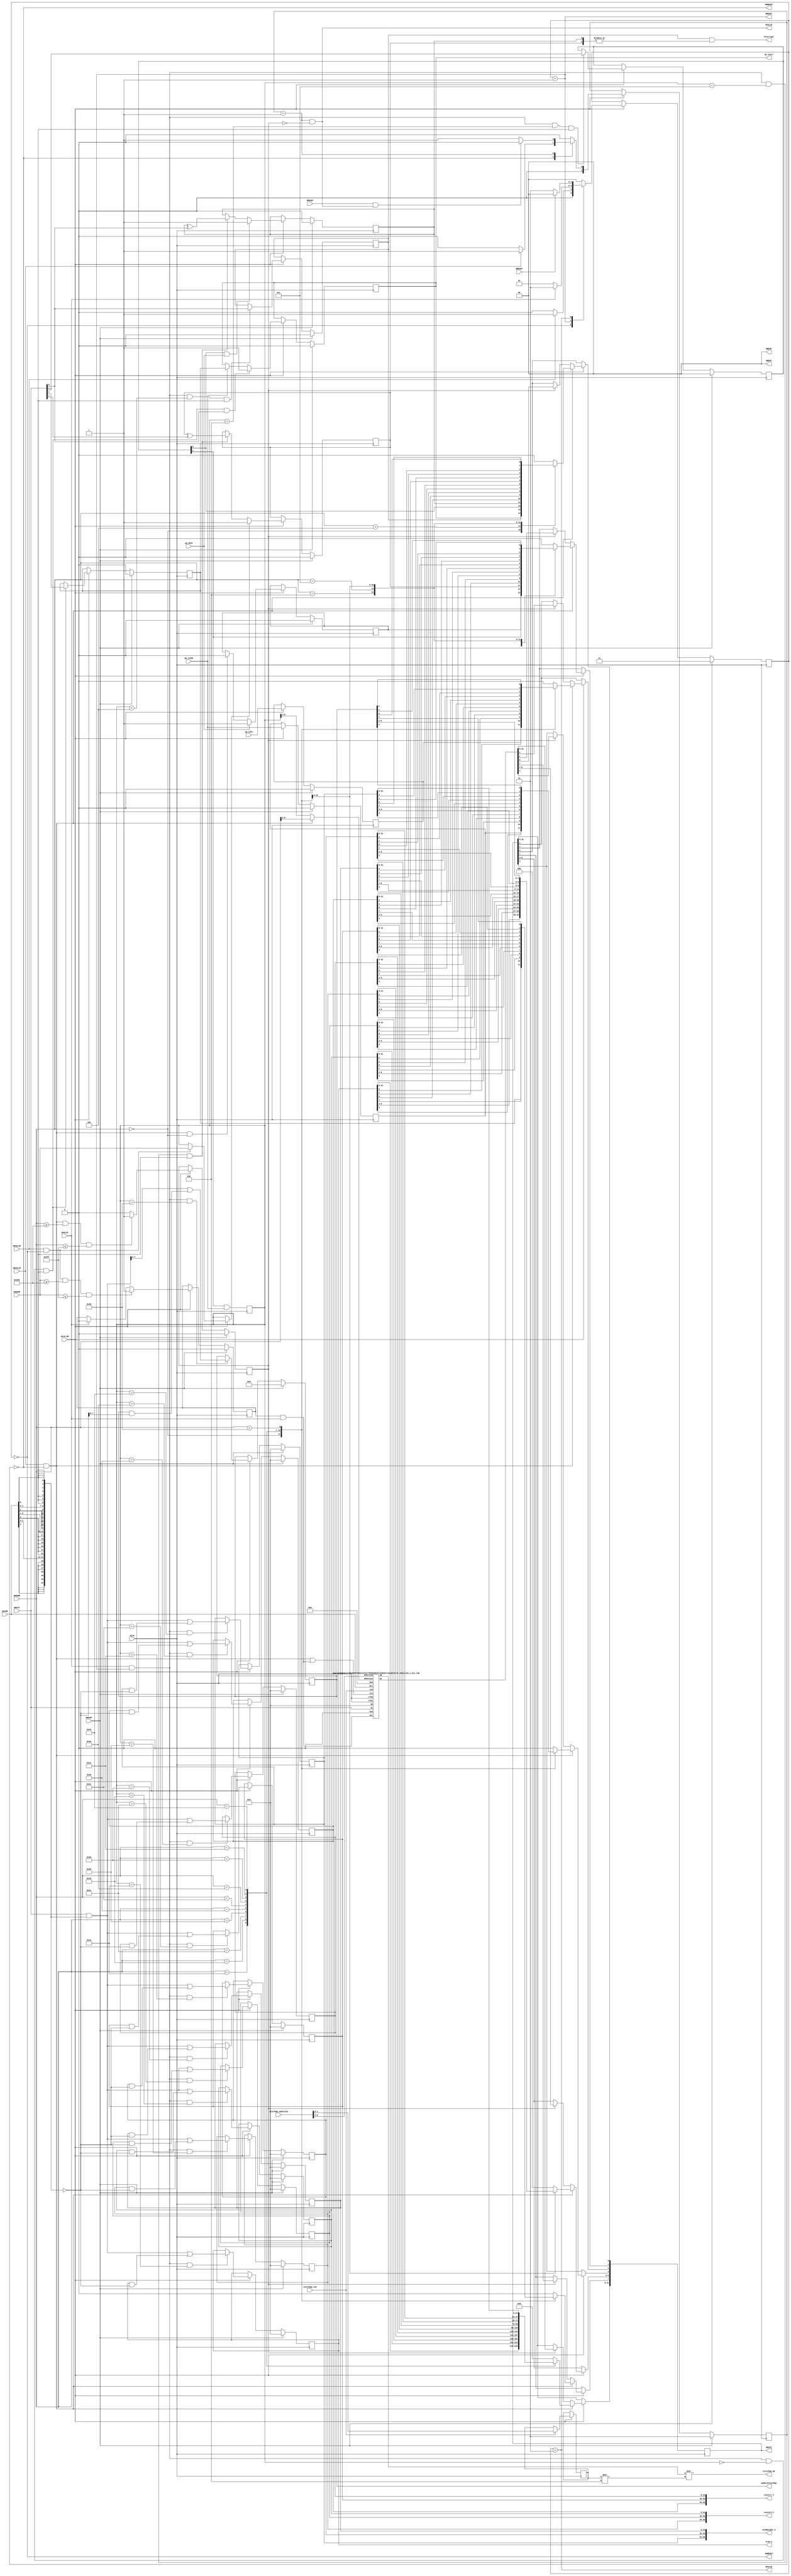
// ==============================================================
// File generated by Vivado(TM) HLS - High-Level Synthesis from C, C++ and SystemC
// Version: 2017.4
// Copyright (C) 1986-2017 Xilinx, Inc. All Rights Reserved.
// 
// ==============================================================

`timescale 1ns/1ps
module mandelbrot_AXILiteS_s_axi
#(parameter
    C_S_AXI_ADDR_WIDTH = 10,
    C_S_AXI_DATA_WIDTH = 32
)(
    // axi4 lite slave signals
    input  wire                          ACLK,
    input  wire                          ARESET,
    input  wire                          ACLK_EN,
    input  wire [C_S_AXI_ADDR_WIDTH-1:0] AWADDR,
    input  wire                          AWVALID,
    output wire                          AWREADY,
    input  wire [C_S_AXI_DATA_WIDTH-1:0] WDATA,
    input  wire [C_S_AXI_DATA_WIDTH/8-1:0] WSTRB,
    input  wire                          WVALID,
    output wire                          WREADY,
    output wire [1:0]                    BRESP,
    output wire                          BVALID,
    input  wire                          BREADY,
    input  wire [C_S_AXI_ADDR_WIDTH-1:0] ARADDR,
    input  wire                          ARVALID,
    output wire                          ARREADY,
    output wire [C_S_AXI_DATA_WIDTH-1:0] RDATA,
    output wire [1:0]                    RRESP,
    output wire                          RVALID,
    input  wire                          RREADY,
    output wire                          interrupt,
    // user signals
    output wire                          ap_start,
    input  wire                          ap_done,
    input  wire                          ap_ready,
    input  wire                          ap_idle,
    output wire [31:0]                   vram_V,
    output wire [95:0]                   centerX_V,
    output wire [95:0]                   centerY_V,
    output wire [95:0]                   zoomHeight_V,
    output wire [7:0]                    updateColorMap,
    input  wire [8:0]                    colorMap_address0,
    input  wire                          colorMap_ce0,
    output wire [7:0]                    colorMap_q0
);
//------------------------Address Info-------------------
// 0x000 : Control signals
//         bit 0  - ap_start (Read/Write/COH)
//         bit 1  - ap_done (Read/COR)
//         bit 2  - ap_idle (Read)
//         bit 3  - ap_ready (Read)
//         bit 7  - auto_restart (Read/Write)
//         others - reserved
// 0x004 : Global Interrupt Enable Register
//         bit 0  - Global Interrupt Enable (Read/Write)
//         others - reserved
// 0x008 : IP Interrupt Enable Register (Read/Write)
//         bit 0  - Channel 0 (ap_done)
//         bit 1  - Channel 1 (ap_ready)
//         others - reserved
// 0x00c : IP Interrupt Status Register (Read/TOW)
//         bit 0  - Channel 0 (ap_done)
//         bit 1  - Channel 1 (ap_ready)
//         others - reserved
// 0x010 : Data signal of vram_V
//         bit 31~0 - vram_V[31:0] (Read/Write)
// 0x014 : reserved
// 0x018 : Data signal of centerX_V
//         bit 31~0 - centerX_V[31:0] (Read/Write)
// 0x01c : Data signal of centerX_V
//         bit 31~0 - centerX_V[63:32] (Read/Write)
// 0x020 : Data signal of centerX_V
//         bit 31~0 - centerX_V[95:64] (Read/Write)
// 0x024 : reserved
// 0x028 : Data signal of centerY_V
//         bit 31~0 - centerY_V[31:0] (Read/Write)
// 0x02c : Data signal of centerY_V
//         bit 31~0 - centerY_V[63:32] (Read/Write)
// 0x030 : Data signal of centerY_V
//         bit 31~0 - centerY_V[95:64] (Read/Write)
// 0x034 : reserved
// 0x038 : Data signal of zoomHeight_V
//         bit 31~0 - zoomHeight_V[31:0] (Read/Write)
// 0x03c : Data signal of zoomHeight_V
//         bit 31~0 - zoomHeight_V[63:32] (Read/Write)
// 0x040 : Data signal of zoomHeight_V
//         bit 31~0 - zoomHeight_V[95:64] (Read/Write)
// 0x044 : reserved
// 0x048 : Data signal of updateColorMap
//         bit 7~0 - updateColorMap[7:0] (Read/Write)
//         others  - reserved
// 0x04c : reserved
// 0x200 ~
// 0x3ff : Memory 'colorMap' (384 * 8b)
//         Word n : bit [ 7: 0] - colorMap[4n]
//                  bit [15: 8] - colorMap[4n+1]
//                  bit [23:16] - colorMap[4n+2]
//                  bit [31:24] - colorMap[4n+3]
// (SC = Self Clear, COR = Clear on Read, TOW = Toggle on Write, COH = Clear on Handshake)

//------------------------Parameter----------------------
localparam
    ADDR_AP_CTRL               = 10'h000,
    ADDR_GIE                   = 10'h004,
    ADDR_IER                   = 10'h008,
    ADDR_ISR                   = 10'h00c,
    ADDR_VRAM_V_DATA_0         = 10'h010,
    ADDR_VRAM_V_CTRL           = 10'h014,
    ADDR_CENTERX_V_DATA_0      = 10'h018,
    ADDR_CENTERX_V_DATA_1      = 10'h01c,
    ADDR_CENTERX_V_DATA_2      = 10'h020,
    ADDR_CENTERX_V_CTRL        = 10'h024,
    ADDR_CENTERY_V_DATA_0      = 10'h028,
    ADDR_CENTERY_V_DATA_1      = 10'h02c,
    ADDR_CENTERY_V_DATA_2      = 10'h030,
    ADDR_CENTERY_V_CTRL        = 10'h034,
    ADDR_ZOOMHEIGHT_V_DATA_0   = 10'h038,
    ADDR_ZOOMHEIGHT_V_DATA_1   = 10'h03c,
    ADDR_ZOOMHEIGHT_V_DATA_2   = 10'h040,
    ADDR_ZOOMHEIGHT_V_CTRL     = 10'h044,
    ADDR_UPDATECOLORMAP_DATA_0 = 10'h048,
    ADDR_UPDATECOLORMAP_CTRL   = 10'h04c,
    ADDR_COLORMAP_BASE         = 10'h200,
    ADDR_COLORMAP_HIGH         = 10'h3ff,
    WRIDLE                     = 2'd0,
    WRDATA                     = 2'd1,
    WRRESP                     = 2'd2,
    WRRESET                    = 2'd3,
    RDIDLE                     = 2'd0,
    RDDATA                     = 2'd1,
    RDRESET                    = 2'd2,
    ADDR_BITS         = 10;

//------------------------Local signal-------------------
    reg  [1:0]                    wstate = WRRESET;
    reg  [1:0]                    wnext;
    reg  [ADDR_BITS-1:0]          waddr;
    wire [31:0]                   wmask;
    wire                          aw_hs;
    wire                          w_hs;
    reg  [1:0]                    rstate = RDRESET;
    reg  [1:0]                    rnext;
    reg  [31:0]                   rdata;
    wire                          ar_hs;
    wire [ADDR_BITS-1:0]          raddr;
    // internal registers
    reg                           int_ap_idle;
    reg                           int_ap_ready;
    reg                           int_ap_done = 1'b0;
    reg                           int_ap_start = 1'b0;
    reg                           int_auto_restart = 1'b0;
    reg                           int_gie = 1'b0;
    reg  [1:0]                    int_ier = 2'b0;
    reg  [1:0]                    int_isr = 2'b0;
    reg  [31:0]                   int_vram_V = 'b0;
    reg  [95:0]                   int_centerX_V = 'b0;
    reg  [95:0]                   int_centerY_V = 'b0;
    reg  [95:0]                   int_zoomHeight_V = 'b0;
    reg  [7:0]                    int_updateColorMap = 'b0;
    // memory signals
    wire [6:0]                    int_colorMap_address0;
    wire                          int_colorMap_ce0;
    wire                          int_colorMap_we0;
    wire [3:0]                    int_colorMap_be0;
    wire [31:0]                   int_colorMap_d0;
    wire [31:0]                   int_colorMap_q0;
    wire [6:0]                    int_colorMap_address1;
    wire                          int_colorMap_ce1;
    wire                          int_colorMap_we1;
    wire [3:0]                    int_colorMap_be1;
    wire [31:0]                   int_colorMap_d1;
    wire [31:0]                   int_colorMap_q1;
    reg                           int_colorMap_read;
    reg                           int_colorMap_write;
    reg  [1:0]                    int_colorMap_shift;

//------------------------Instantiation------------------
// int_colorMap
mandelbrot_AXILiteS_s_axi_ram #(
    .BYTES    ( 4 ),
    .DEPTH    ( 96 )
) int_colorMap (
    .clk0     ( ACLK ),
    .address0 ( int_colorMap_address0 ),
    .ce0      ( int_colorMap_ce0 ),
    .we0      ( int_colorMap_we0 ),
    .be0      ( int_colorMap_be0 ),
    .d0       ( int_colorMap_d0 ),
    .q0       ( int_colorMap_q0 ),
    .clk1     ( ACLK ),
    .address1 ( int_colorMap_address1 ),
    .ce1      ( int_colorMap_ce1 ),
    .we1      ( int_colorMap_we1 ),
    .be1      ( int_colorMap_be1 ),
    .d1       ( int_colorMap_d1 ),
    .q1       ( int_colorMap_q1 )
);

//------------------------AXI write fsm------------------
assign AWREADY = (wstate == WRIDLE);
assign WREADY  = (wstate == WRDATA);
assign BRESP   = 2'b00;  // OKAY
assign BVALID  = (wstate == WRRESP);
assign wmask   = { {8{WSTRB[3]}}, {8{WSTRB[2]}}, {8{WSTRB[1]}}, {8{WSTRB[0]}} };
assign aw_hs   = AWVALID & AWREADY;
assign w_hs    = WVALID & WREADY;

// wstate
always @(posedge ACLK) begin
    if (ARESET)
        wstate <= WRRESET;
    else if (ACLK_EN)
        wstate <= wnext;
end

// wnext
always @(*) begin
    case (wstate)
        WRIDLE:
            if (AWVALID)
                wnext = WRDATA;
            else
                wnext = WRIDLE;
        WRDATA:
            if (WVALID)
                wnext = WRRESP;
            else
                wnext = WRDATA;
        WRRESP:
            if (BREADY)
                wnext = WRIDLE;
            else
                wnext = WRRESP;
        default:
            wnext = WRIDLE;
    endcase
end

// waddr
always @(posedge ACLK) begin
    if (ACLK_EN) begin
        if (aw_hs)
            waddr <= AWADDR[ADDR_BITS-1:0];
    end
end

//------------------------AXI read fsm-------------------
assign ARREADY = (rstate == RDIDLE);
assign RDATA   = rdata;
assign RRESP   = 2'b00;  // OKAY
assign RVALID  = (rstate == RDDATA) & !int_colorMap_read;
assign ar_hs   = ARVALID & ARREADY;
assign raddr   = ARADDR[ADDR_BITS-1:0];

// rstate
always @(posedge ACLK) begin
    if (ARESET)
        rstate <= RDRESET;
    else if (ACLK_EN)
        rstate <= rnext;
end

// rnext
always @(*) begin
    case (rstate)
        RDIDLE:
            if (ARVALID)
                rnext = RDDATA;
            else
                rnext = RDIDLE;
        RDDATA:
            if (RREADY & RVALID)
                rnext = RDIDLE;
            else
                rnext = RDDATA;
        default:
            rnext = RDIDLE;
    endcase
end

// rdata
always @(posedge ACLK) begin
    if (ACLK_EN) begin
        if (ar_hs) begin
            rdata <= 1'b0;
            case (raddr)
                ADDR_AP_CTRL: begin
                    rdata[0] <= int_ap_start;
                    rdata[1] <= int_ap_done;
                    rdata[2] <= int_ap_idle;
                    rdata[3] <= int_ap_ready;
                    rdata[7] <= int_auto_restart;
                end
                ADDR_GIE: begin
                    rdata <= int_gie;
                end
                ADDR_IER: begin
                    rdata <= int_ier;
                end
                ADDR_ISR: begin
                    rdata <= int_isr;
                end
                ADDR_VRAM_V_DATA_0: begin
                    rdata <= int_vram_V[31:0];
                end
                ADDR_CENTERX_V_DATA_0: begin
                    rdata <= int_centerX_V[31:0];
                end
                ADDR_CENTERX_V_DATA_1: begin
                    rdata <= int_centerX_V[63:32];
                end
                ADDR_CENTERX_V_DATA_2: begin
                    rdata <= int_centerX_V[95:64];
                end
                ADDR_CENTERY_V_DATA_0: begin
                    rdata <= int_centerY_V[31:0];
                end
                ADDR_CENTERY_V_DATA_1: begin
                    rdata <= int_centerY_V[63:32];
                end
                ADDR_CENTERY_V_DATA_2: begin
                    rdata <= int_centerY_V[95:64];
                end
                ADDR_ZOOMHEIGHT_V_DATA_0: begin
                    rdata <= int_zoomHeight_V[31:0];
                end
                ADDR_ZOOMHEIGHT_V_DATA_1: begin
                    rdata <= int_zoomHeight_V[63:32];
                end
                ADDR_ZOOMHEIGHT_V_DATA_2: begin
                    rdata <= int_zoomHeight_V[95:64];
                end
                ADDR_UPDATECOLORMAP_DATA_0: begin
                    rdata <= int_updateColorMap[7:0];
                end
            endcase
        end
        else if (int_colorMap_read) begin
            rdata <= int_colorMap_q1;
        end
    end
end


//------------------------Register logic-----------------
assign interrupt      = int_gie & (|int_isr);
assign ap_start       = int_ap_start;
assign vram_V         = int_vram_V;
assign centerX_V      = int_centerX_V;
assign centerY_V      = int_centerY_V;
assign zoomHeight_V   = int_zoomHeight_V;
assign updateColorMap = int_updateColorMap;
// int_ap_start
always @(posedge ACLK) begin
    if (ARESET)
        int_ap_start <= 1'b0;
    else if (ACLK_EN) begin
        if (w_hs && waddr == ADDR_AP_CTRL && WSTRB[0] && WDATA[0])
            int_ap_start <= 1'b1;
        else if (ap_ready)
            int_ap_start <= int_auto_restart; // clear on handshake/auto restart
    end
end

// int_ap_done
always @(posedge ACLK) begin
    if (ARESET)
        int_ap_done <= 1'b0;
    else if (ACLK_EN) begin
        if (ap_done)
            int_ap_done <= 1'b1;
        else if (ar_hs && raddr == ADDR_AP_CTRL)
            int_ap_done <= 1'b0; // clear on read
    end
end

// int_ap_idle
always @(posedge ACLK) begin
    if (ARESET)
        int_ap_idle <= 1'b0;
    else if (ACLK_EN) begin
            int_ap_idle <= ap_idle;
    end
end

// int_ap_ready
always @(posedge ACLK) begin
    if (ARESET)
        int_ap_ready <= 1'b0;
    else if (ACLK_EN) begin
            int_ap_ready <= ap_ready;
    end
end

// int_auto_restart
always @(posedge ACLK) begin
    if (ARESET)
        int_auto_restart <= 1'b0;
    else if (ACLK_EN) begin
        if (w_hs && waddr == ADDR_AP_CTRL && WSTRB[0])
            int_auto_restart <=  WDATA[7];
    end
end

// int_gie
always @(posedge ACLK) begin
    if (ARESET)
        int_gie <= 1'b0;
    else if (ACLK_EN) begin
        if (w_hs && waddr == ADDR_GIE && WSTRB[0])
            int_gie <= WDATA[0];
    end
end

// int_ier
always @(posedge ACLK) begin
    if (ARESET)
        int_ier <= 1'b0;
    else if (ACLK_EN) begin
        if (w_hs && waddr == ADDR_IER && WSTRB[0])
            int_ier <= WDATA[1:0];
    end
end

// int_isr[0]
always @(posedge ACLK) begin
    if (ARESET)
        int_isr[0] <= 1'b0;
    else if (ACLK_EN) begin
        if (int_ier[0] & ap_done)
            int_isr[0] <= 1'b1;
        else if (w_hs && waddr == ADDR_ISR && WSTRB[0])
            int_isr[0] <= int_isr[0] ^ WDATA[0]; // toggle on write
    end
end

// int_isr[1]
always @(posedge ACLK) begin
    if (ARESET)
        int_isr[1] <= 1'b0;
    else if (ACLK_EN) begin
        if (int_ier[1] & ap_ready)
            int_isr[1] <= 1'b1;
        else if (w_hs && waddr == ADDR_ISR && WSTRB[0])
            int_isr[1] <= int_isr[1] ^ WDATA[1]; // toggle on write
    end
end

// int_vram_V[31:0]
always @(posedge ACLK) begin
    if (ARESET)
        int_vram_V[31:0] <= 0;
    else if (ACLK_EN) begin
        if (w_hs && waddr == ADDR_VRAM_V_DATA_0)
            int_vram_V[31:0] <= (WDATA[31:0] & wmask) | (int_vram_V[31:0] & ~wmask);
    end
end

// int_centerX_V[31:0]
always @(posedge ACLK) begin
    if (ARESET)
        int_centerX_V[31:0] <= 0;
    else if (ACLK_EN) begin
        if (w_hs && waddr == ADDR_CENTERX_V_DATA_0)
            int_centerX_V[31:0] <= (WDATA[31:0] & wmask) | (int_centerX_V[31:0] & ~wmask);
    end
end

// int_centerX_V[63:32]
always @(posedge ACLK) begin
    if (ARESET)
        int_centerX_V[63:32] <= 0;
    else if (ACLK_EN) begin
        if (w_hs && waddr == ADDR_CENTERX_V_DATA_1)
            int_centerX_V[63:32] <= (WDATA[31:0] & wmask) | (int_centerX_V[63:32] & ~wmask);
    end
end

// int_centerX_V[95:64]
always @(posedge ACLK) begin
    if (ARESET)
        int_centerX_V[95:64] <= 0;
    else if (ACLK_EN) begin
        if (w_hs && waddr == ADDR_CENTERX_V_DATA_2)
            int_centerX_V[95:64] <= (WDATA[31:0] & wmask) | (int_centerX_V[95:64] & ~wmask);
    end
end

// int_centerY_V[31:0]
always @(posedge ACLK) begin
    if (ARESET)
        int_centerY_V[31:0] <= 0;
    else if (ACLK_EN) begin
        if (w_hs && waddr == ADDR_CENTERY_V_DATA_0)
            int_centerY_V[31:0] <= (WDATA[31:0] & wmask) | (int_centerY_V[31:0] & ~wmask);
    end
end

// int_centerY_V[63:32]
always @(posedge ACLK) begin
    if (ARESET)
        int_centerY_V[63:32] <= 0;
    else if (ACLK_EN) begin
        if (w_hs && waddr == ADDR_CENTERY_V_DATA_1)
            int_centerY_V[63:32] <= (WDATA[31:0] & wmask) | (int_centerY_V[63:32] & ~wmask);
    end
end

// int_centerY_V[95:64]
always @(posedge ACLK) begin
    if (ARESET)
        int_centerY_V[95:64] <= 0;
    else if (ACLK_EN) begin
        if (w_hs && waddr == ADDR_CENTERY_V_DATA_2)
            int_centerY_V[95:64] <= (WDATA[31:0] & wmask) | (int_centerY_V[95:64] & ~wmask);
    end
end

// int_zoomHeight_V[31:0]
always @(posedge ACLK) begin
    if (ARESET)
        int_zoomHeight_V[31:0] <= 0;
    else if (ACLK_EN) begin
        if (w_hs && waddr == ADDR_ZOOMHEIGHT_V_DATA_0)
            int_zoomHeight_V[31:0] <= (WDATA[31:0] & wmask) | (int_zoomHeight_V[31:0] & ~wmask);
    end
end

// int_zoomHeight_V[63:32]
always @(posedge ACLK) begin
    if (ARESET)
        int_zoomHeight_V[63:32] <= 0;
    else if (ACLK_EN) begin
        if (w_hs && waddr == ADDR_ZOOMHEIGHT_V_DATA_1)
            int_zoomHeight_V[63:32] <= (WDATA[31:0] & wmask) | (int_zoomHeight_V[63:32] & ~wmask);
    end
end

// int_zoomHeight_V[95:64]
always @(posedge ACLK) begin
    if (ARESET)
        int_zoomHeight_V[95:64] <= 0;
    else if (ACLK_EN) begin
        if (w_hs && waddr == ADDR_ZOOMHEIGHT_V_DATA_2)
            int_zoomHeight_V[95:64] <= (WDATA[31:0] & wmask) | (int_zoomHeight_V[95:64] & ~wmask);
    end
end

// int_updateColorMap[7:0]
always @(posedge ACLK) begin
    if (ARESET)
        int_updateColorMap[7:0] <= 0;
    else if (ACLK_EN) begin
        if (w_hs && waddr == ADDR_UPDATECOLORMAP_DATA_0)
            int_updateColorMap[7:0] <= (WDATA[31:0] & wmask) | (int_updateColorMap[7:0] & ~wmask);
    end
end


//------------------------Memory logic-------------------
// colorMap
assign int_colorMap_address0 = colorMap_address0 >> 2;
assign int_colorMap_ce0      = colorMap_ce0;
assign int_colorMap_we0      = 1'b0;
assign int_colorMap_be0      = 1'b0;
assign int_colorMap_d0       = 1'b0;
assign colorMap_q0           = int_colorMap_q0 >> (int_colorMap_shift * 8);
assign int_colorMap_address1 = ar_hs? raddr[8:2] : waddr[8:2];
assign int_colorMap_ce1      = ar_hs | (int_colorMap_write & WVALID);
assign int_colorMap_we1      = int_colorMap_write & WVALID;
assign int_colorMap_be1      = WSTRB;
assign int_colorMap_d1       = WDATA;
// int_colorMap_read
always @(posedge ACLK) begin
    if (ARESET)
        int_colorMap_read <= 1'b0;
    else if (ACLK_EN) begin
        if (ar_hs && raddr >= ADDR_COLORMAP_BASE && raddr <= ADDR_COLORMAP_HIGH)
            int_colorMap_read <= 1'b1;
        else
            int_colorMap_read <= 1'b0;
    end
end

// int_colorMap_write
always @(posedge ACLK) begin
    if (ARESET)
        int_colorMap_write <= 1'b0;
    else if (ACLK_EN) begin
        if (aw_hs && AWADDR[ADDR_BITS-1:0] >= ADDR_COLORMAP_BASE && AWADDR[ADDR_BITS-1:0] <= ADDR_COLORMAP_HIGH)
            int_colorMap_write <= 1'b1;
        else if (WVALID)
            int_colorMap_write <= 1'b0;
    end
end

// int_colorMap_shift
always @(posedge ACLK) begin
    if (ACLK_EN) begin
        if (colorMap_ce0)
            int_colorMap_shift <= colorMap_address0[1:0];
    end
end


endmodule


`timescale 1ns/1ps

module mandelbrot_AXILiteS_s_axi_ram
#(parameter
    BYTES  = 4,
    DEPTH  = 256,
    AWIDTH = log2(DEPTH)
) (
    input  wire               clk0,
    input  wire [AWIDTH-1:0]  address0,
    input  wire               ce0,
    input  wire               we0,
    input  wire [BYTES-1:0]   be0,
    input  wire [BYTES*8-1:0] d0,
    output reg  [BYTES*8-1:0] q0,
    input  wire               clk1,
    input  wire [AWIDTH-1:0]  address1,
    input  wire               ce1,
    input  wire               we1,
    input  wire [BYTES-1:0]   be1,
    input  wire [BYTES*8-1:0] d1,
    output reg  [BYTES*8-1:0] q1
);
//------------------------Local signal-------------------
reg  [BYTES*8-1:0] mem[0:DEPTH-1];
//------------------------Task and function--------------
function integer log2;
    input integer x;
    integer n, m;
begin
    n = 1;
    m = 2;
    while (m < x) begin
        n = n + 1;
        m = m * 2;
    end
    log2 = n;
end
endfunction
//------------------------Body---------------------------
// read port 0
always @(posedge clk0) begin
    if (ce0) q0 <= mem[address0];
end

// read port 1
always @(posedge clk1) begin
    if (ce1) q1 <= mem[address1];
end

genvar i;
generate
    for (i = 0; i < BYTES; i = i + 1) begin : gen_write
        // write port 0
        always @(posedge clk0) begin
            if (ce0 & we0 & be0[i]) begin
                mem[address0][8*i+7:8*i] <= d0[8*i+7:8*i];
            end
        end
        // write port 1
        always @(posedge clk1) begin
            if (ce1 & we1 & be1[i]) begin
                mem[address1][8*i+7:8*i] <= d1[8*i+7:8*i];
            end
        end
    end
endgenerate

endmodule